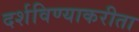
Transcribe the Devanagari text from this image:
दर्शविण्याकरीता